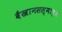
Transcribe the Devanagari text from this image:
वैखानसस्मार्त